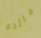
فائده